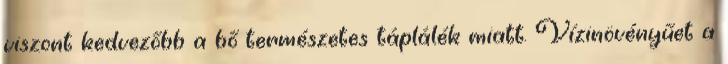
viszont kedvezőbb a bő természetes táplálék miatt. Vízinövényűet a